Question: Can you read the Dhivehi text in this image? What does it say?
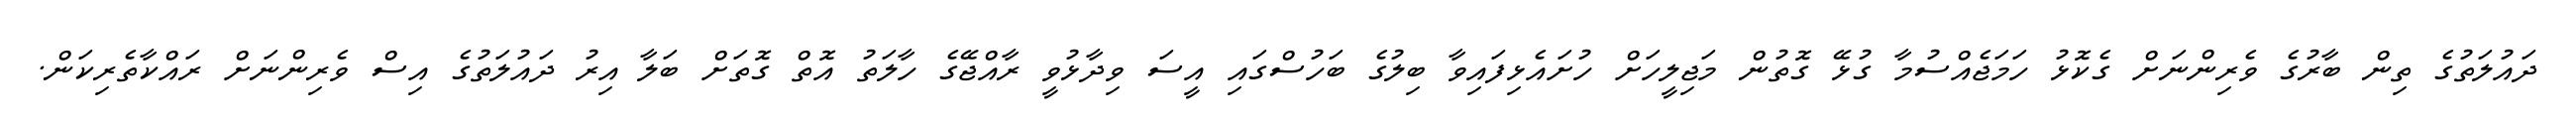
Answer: ދައުލަތުގެ ތިން ބާރުގެ ވެރިންނަށް ގެކޮޅު ހަމަޖެއްސުމާ ގުޅޭ ގޮތުން މަޖިލީހަށް ހުށައެޅިފައިވާ ބިލުގެ ބަހުސްގައި އީސަ ވިދާޅުވީ ރާއްޖޭގެ ހާލަތު އޮތް ގޮތަށް ބަލާ އިރު ދައުލަތުގެ އިސް ވެރިންނަށް ރައްކާތެރިކަން.